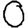
Digit: 0